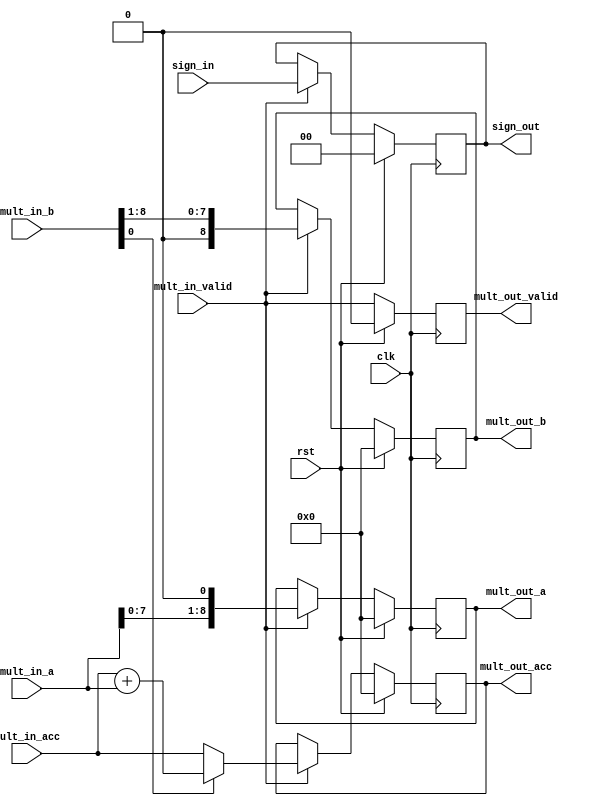
// -----------------------------------------------------------------------------
// Copyright (c) 2019-2022 All rights reserved
// -----------------------------------------------------------------------------
// File   	 : mult_pipe
// Create 	 : 2022-07-19
// Revise 	 : 2022-
// Editor 	 : Vscode, tab size (4)
// Functions : multiplier pipeline basic cell
// 			   
// -----------------------------------------------------------------------------

module mult_pipe_cell #(
    parameter M = 5         ,
    parameter N = 4         ,
    parameter PIPE_STAGE = 1
) (
    input   wire                clk             ,
    input   wire                rst             ,
    input   wire                mult_in_valid   ,
    input   wire    [M+N-1:0]   mult_in_a       ,
    input   wire    [M+N-1:0]   mult_in_b       ,
    input   wire    [M+N-1:0]   mult_in_acc     ,
    input   wire    [1:0]       sign_in         ,


    output  reg                 mult_out_valid  ,
    output  reg     [1:0]       sign_out        ,
    output  reg     [M+N-1:0]   mult_out_a      ,
    output  reg     [M+N-1:0]   mult_out_b      ,
    output  reg     [M+N-1:0]   mult_out_acc         
);

    generate
        if (PIPE_STAGE == 0) begin
            //----------------sign_out------------------
            always @(posedge clk ) begin
                if (rst==1'b1) begin
                    sign_out <= 'd0;
                    mult_out_a <= 'd0;
                    mult_out_b <= 'd0;
                    mult_out_acc <= 'd0;
                end
                else if (mult_in_valid == 1'b1) begin
                    sign_out <= {mult_in_a[M+N-1], mult_in_b[M+N-1]};
                    mult_out_a <= mult_in_a[M+N-1] ? ~mult_in_a + 1 : mult_in_a;
                    mult_out_b <= mult_in_b[M+N-1] ? ~mult_in_b + 1 : mult_in_b;
                    mult_out_acc <= 'd0;
                end
            end
        end
        else begin
            //----------------sign_out------------------
            always @(posedge clk ) begin
                if (rst==1'b1) begin
                    sign_out <= 'd0;
                    mult_out_a <= 'd0;
                    mult_out_b <= 'd0;
                    mult_out_acc <= 'd0;
                end
                else if (mult_in_valid == 1'b1) begin
                    sign_out <= sign_in;
                    mult_out_a <= mult_in_a << 1'b1;
                    mult_out_b <= mult_in_b >> 1'b1;
                    mult_out_acc <= mult_in_b[0] ? mult_in_acc + mult_in_a : mult_in_acc;
                end
            end
            
        end
    endgenerate
    
    //----------------mult_out_valid ------------------
    always @(posedge clk ) begin
        if (rst==1'b1) begin
            mult_out_valid <= 1'b0; 
        end
        else  begin
            mult_out_valid <= mult_in_valid; 
        end
    end
endmodule